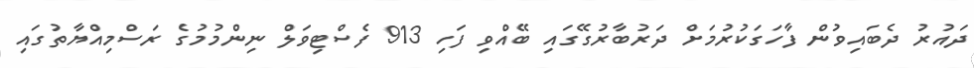
ދައުރު ދެބައިވުން ފާހަގަކުރުމަށް ދަރުބާރުގޭގައި ބޭއްވި ފަހި 913 ފެސްޓިވަލް ނިންމުމުގެ ރަސްމިއްޔާތުގައި